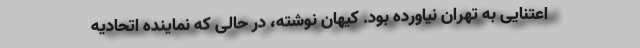
اعتنایی به تهران نیاورده بود. کیهان نوشته، در حالی که نماینده اتحادیه